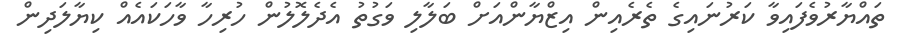
ތައްޔާރުވެފައިވާ ކަރުނައިގެ ތެރެއިން އިޒްޔާންއަށް ބަލާލި ވަގުތު އެދެލޮލުން ހުރިހާ ވާހަކައެއް ކިޔާލަދިން